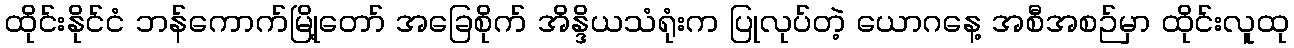
ထိုင်းနိုင်ငံ ဘန်ကောက်မြို့တော် အခြေစိုက် အိန္ဒိယသံရုံးက ပြုလုပ်တဲ့ ယောဂနေ့ အစီအစဉ်မှာ ထိုင်းလူထု